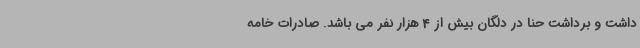
داشت و برداشت حنا در دلگان بیش از 4 هزار نفر می باشد. صادرات خامه